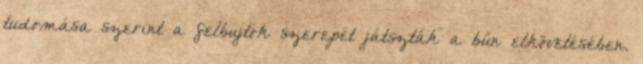
tudomása szerint a felbujtók szerepét játszták a bűn elkövetésében.